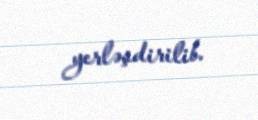
yerləşdirilib.